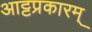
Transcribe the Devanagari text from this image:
आट्टप्रकारम्